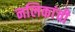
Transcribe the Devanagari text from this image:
नलिकांची